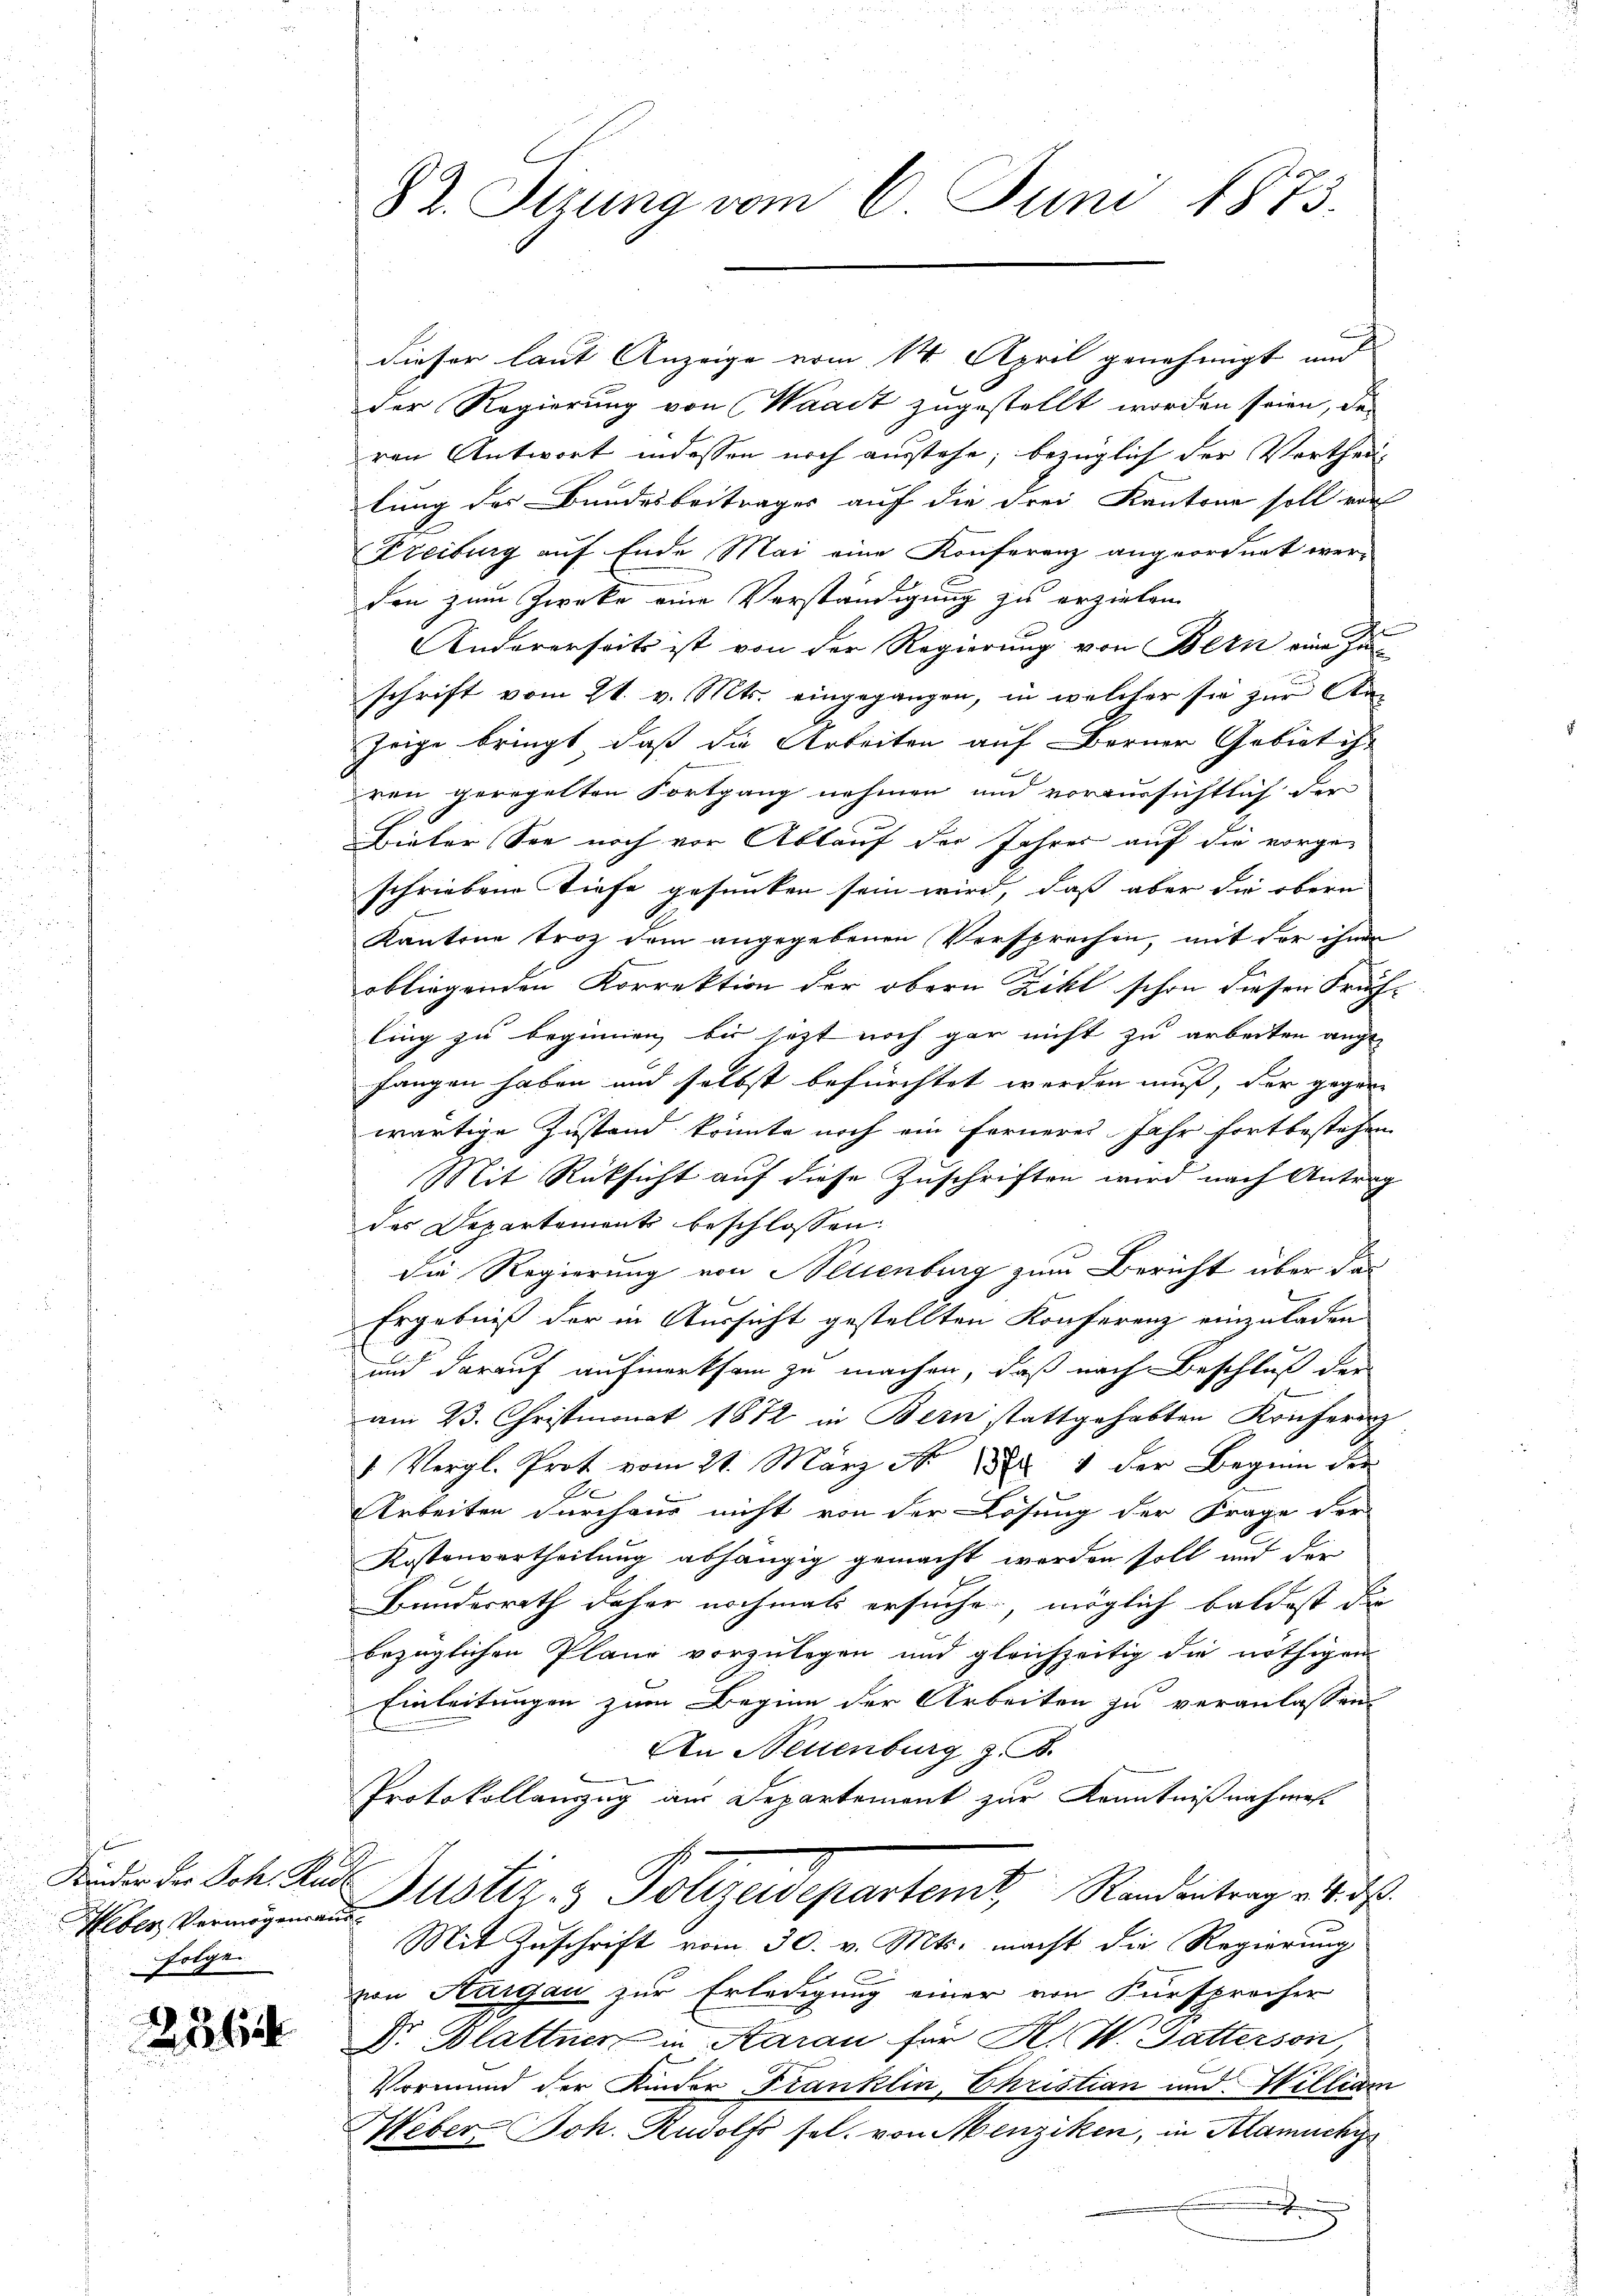
Nieder der Joh. Rus¬
Weber Vermögensan
Folge

Rech

82. Sizung vom 6. Juni 1873.

dieser laut Anzeige vom 14. April genehmigt und
der Regierung von Waadt zugestellt worden seien, de
ren Antwort indessen noch ausstehe; bezüglich der Vortheillung des Bundesbeitrages auf die drei Kantone soll von
Freiburg auf Ende Mai eine Konferenz angeordnet werdon zum Zwecke eine Verständigung zu erzielen
t
Andererseits ist von der Regierung von Bern eine Zuschrift vom 21. v. Mts. eingegangen, in welcher sie zur Anzeige bringt, daß die Arbeiten auf Berner Gebiet ihr
dren geregelten Fortgang nehmen und voraussichtlich der
Bieter See noch vor Ablauf der Jahres auf die vorgeschriebene Tiefe gesunken sein wird, daß aber die obern
Kantone troz dem angegebenen Versprechen, mit der ihnen
obliegenden Korrektion der obern Zikt schon diesen Früh-
ling zu beginnen, bis jezt noch gar nicht zu arbeiten auch
fangen haben und selbst befürchtet werden muß, der gegen
wärtige Zustand könnte noch ein ferneres Jahr fortbestehen
Mit Rüksicht auf diese Zuschriften wird nach Antrag
des Departement beschlossen
Die Regierung von Neuenburg zum Bericht über das
Ergebniß der in Aussicht gestellten Konferenz einzuladen
und darauf aufmerksam zu machen, daß nach Beschluß der
am 23. Christmonat 1872 in Bern stattgehabten Konferenz
1 Vergl. Prot vom 21. März No. 1882. 4 der Beginn der
Arbeiten durchaus nicht von der Lösung der Frage der
Kostenvertheilung abhängig gemacht worden soll und der
Bundesrath daher nochmals ersuche, möglich baldest die
bezüglichen Plane vorzulegen und gleichzeitig die nöthigen
Einleitungen zum Beginn der Arbeiten zu veranlassen.
An Neuenburg z. B.
Protokollanzug am Departement zur Kenntnißnahmest
Justiz & Polirendepartemt, Randentrag 28. d.
d
Mit Zuschrift vom 30. v. Mts. macht die Regierung
von Aargau zur Erledigung einer von Fürsprecher
Dr Blattner in Aarau für K. K. Satterson
Vormund der Kinder Franklin, Christian und Willigen
Weber Joh. Rudolf sel. von Menziken, in Klamuchy